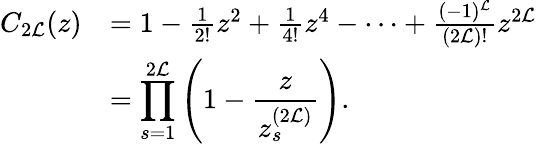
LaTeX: \begin{array}{rl}{C_{2{\cal L}}(z)}&{=1-\frac{1}{2!}z^{2}+\frac{1}{4!}z^{4}-\cdots+\frac{(-1)^{\cal L}}{(2{\cal L})!}z^{2{\cal L}}}\\ &{=\displaystyle\prod_{s=1}^{2{\cal L}}\left(1-\frac{z}{z_{s}^{(2{\cal L})}}\right).}\end{array}